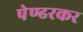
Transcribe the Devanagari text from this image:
पेण्ढरकर